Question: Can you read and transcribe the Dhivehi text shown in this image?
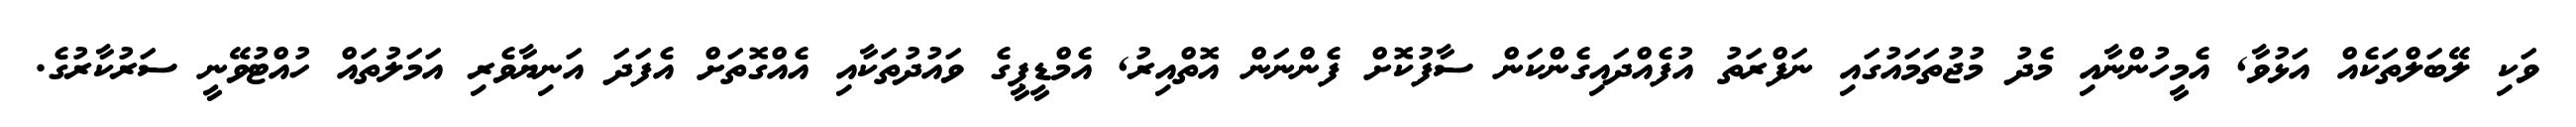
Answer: ވަކި ލޭބަލްތަކެއް އަޅުވާ, އެމީހުންނާއި މެދު މުޖުތަމައުގައި ނަފްރަތު އުފެއްދައިގެންކަން ސާފުކޮށް ފެންނަން އޮތްއިރު, އެމްޑީޕީގެ ވައުދުތަކާއި އެއްގޮތަށް އެފަދަ އަނިޔާވެރި އަމަލުތައް ހުއްޓުވޭނީ ސަރުކާރުގެ.